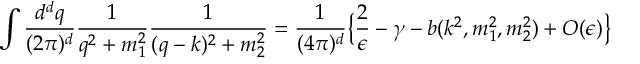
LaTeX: \int { \frac { d ^ { d } q } { ( 2 \pi ) ^ { d } } } { \frac { 1 } { q ^ { 2 } + m _ { 1 } ^ { 2 } } } { \frac { 1 } { ( q - k ) ^ { 2 } + m _ { 2 } ^ { 2 } } } = { \frac { 1 } { ( 4 \pi ) ^ { d } } } \big \{ { \frac { 2 } { \epsilon } } - \gamma - b ( k ^ { 2 } , m _ { 1 } ^ { 2 } , m _ { 2 } ^ { 2 } ) + { \cal O } ( \epsilon ) \big \}